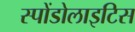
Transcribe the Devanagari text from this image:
स्पोंडोलाइटिस